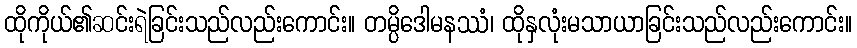
ထိုကိုယ်၏ဆင်းရဲခြင်းသည်လည်းကောင်း။ တမ္ပိဒေါမနဿံ၊ ထိုနှလုံးမသာယာခြင်းသည်လည်းကောင်း။